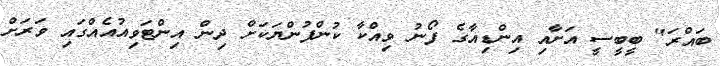
ބައްރަ" ބީބީސީ އަށާއި އިންޑިއާގެ ފޯނު ވިއްކާ ކުންފުންޔަކަށް ދިން އިންޓަވިއުއެއްގައި ވަރަށް